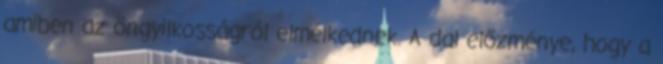
amiben az öngyilkosságról elmélkednek. A dal előzménye, hogy a